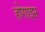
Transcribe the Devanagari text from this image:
होगाइन